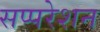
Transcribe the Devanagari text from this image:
सप्परेशन